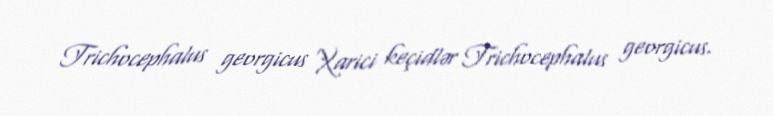
Trichocephalus georgicus Xarici keçidlər Trichocephalus georgicus.